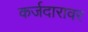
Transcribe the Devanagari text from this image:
कर्जदारावर